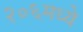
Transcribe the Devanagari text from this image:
२०६मध्ये